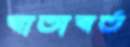
বাতাবর্ত